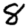
Digit: 8